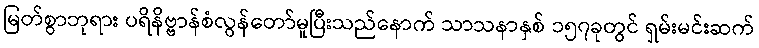
မြတ်စွာဘုရား ပရိနိဗ္ဗာန်စံလွန်တော်မူပြီးသည်နောက် သာသနာနှစ် ၁၅၇ခုတွင် ရှမ်းမင်းဆက်